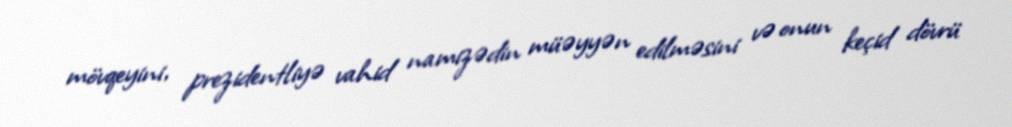
mövqeyini, prezidentliyə vahid namizədin müəyyən edilməsini və onun keçid dövrü